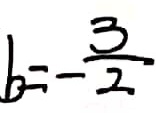
b = - \frac { 3 } { 2 }